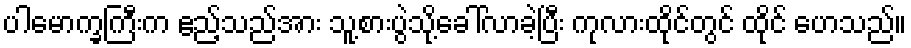
ပါမောက္ခကြီးက ဧည့်သည်အား သူ့စားပွဲသို့ခေါ်လာခဲ့ပြီး ကုလားထိုင်တွင် ထိုင် ဟေသည်။